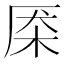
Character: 𰗜